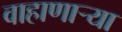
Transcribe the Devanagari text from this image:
वाहाणाऱ्या